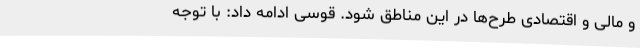
و مالی و اقتصادی طرح‌ها در این مناطق شود. قوسی ادامه داد: با توجه